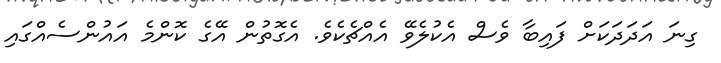
ގިނަ އަދަދަކަށް ފައިބާ ވެސް އެކުލެވޭ އެއްޗެކެވެ. އެގޮތުން އޭގެ ކޮންމެ އައުންސެއްގައި